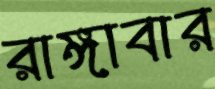
রাঙ্গাবার